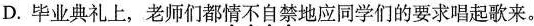
D.毕业典礼上，老师们都情不自禁地应同学们的要求唱起歌来。